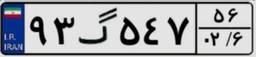
۹۳گ۵۴۷۵۶